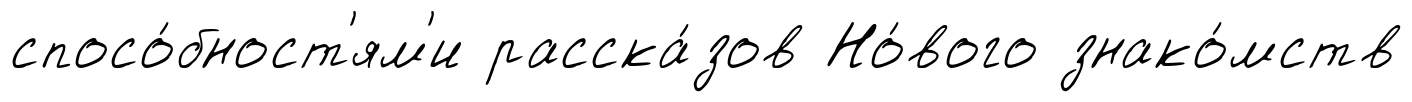
спосо́бност'ям'и расска́зов Но́вого знако́мств